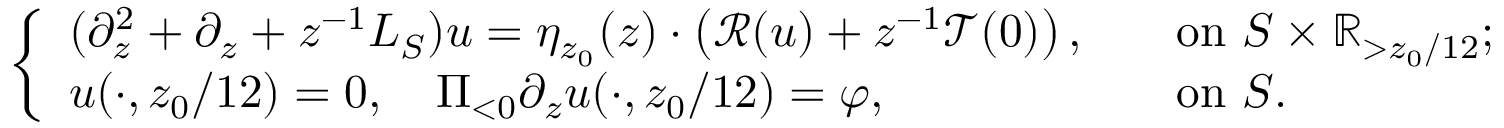
\begin{array} { r } { \left\{ \begin{array} { l l } { ( \partial _ { z } ^ { 2 } + \partial _ { z } + z ^ { - 1 } L _ { S } ) u = \eta _ { z _ { 0 } } ( z ) \cdot \left( \mathscr { R } ( u ) + z ^ { - 1 } \mathscr { T } ( 0 ) \right) , \ } & { \ \mathrm { ~ o n ~ } S \times \mathbb { R } _ { > z _ { 0 } / 1 2 } ; } \\ { u ( \cdot , z _ { 0 } / 1 2 ) = 0 , \ \ \ \Pi _ { < 0 } \partial _ { z } u ( \cdot , z _ { 0 } / 1 2 ) = \varphi , \ } & { \ \mathrm { ~ o n ~ } S . } \end{array} \right. } \end{array}